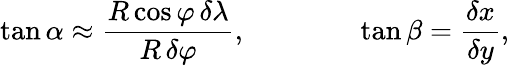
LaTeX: \tan\alpha\approx{\frac{R\cos\varphi\, \delta\lambda}{R\, \delta\varphi}},\qquad\qquad\tan\beta={\frac{\delta x}{\delta y}},